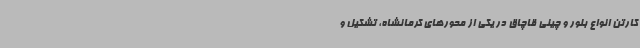
کارتن انواع بلور و چینی قاچاق در یکی از محورهای کرمانشاه، تشکیل و